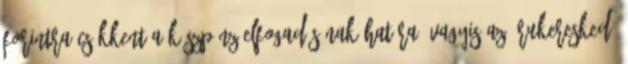
forintra csökkent a készpénz elfogadásának határa, vagyis az árukereskedő